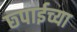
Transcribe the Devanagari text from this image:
छ्पाईच्या